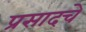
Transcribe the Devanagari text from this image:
प्रसादचे